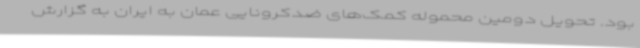
بود. تحویل دومین محموله کمک‌های ضدکرونایی عمان به ایران به گزارش